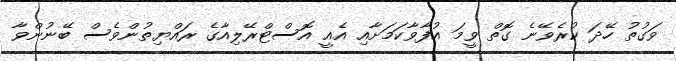
ވަގުތު ހޭދަ ކުރެވޭނެ ގޮތް ވީމަ އުފާވާކަމަށާއި އެއީ އޮސްޓްރޭލިއާގެ ރައްޔިތުުންވެސް ބޭނުންވާ